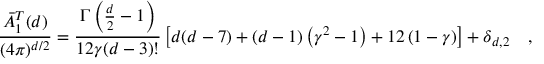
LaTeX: { \frac { \bar { A } _ { 1 } ^ { T } ( d ) } { ( 4 \pi ) ^ { d / 2 } } } = { \frac { \Gamma \left( \frac d 2 - 1 \right) } { 1 2 \gamma ( d - 3 ) ! } } \left[ d ( d - 7 ) + ( d - 1 ) \left( \gamma ^ { 2 } - 1 \right) + 1 2 \left( 1 - \gamma \right) \right] + \delta _ { d , 2 } ~ ~ ~ ,